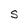
Character: S